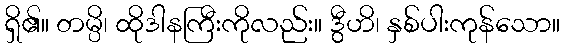
ရှိ၏။ တမ္ပိ၊ ထိုဒါနကြီးကိုလည်း။ ဒွီဟိ၊ နှစ်ပါးကုန်သော။